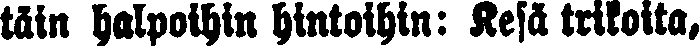
täin halpoihin hintoihin: Kesä trikoita,